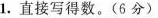
1. 直接写得数。(6分)